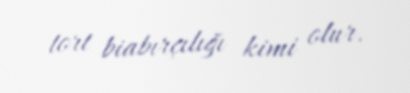
tort biabırçılığı kimi olur.